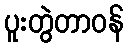
ပူးတွဲတာဝန်